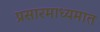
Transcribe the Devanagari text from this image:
प्रसारमाध्यमात